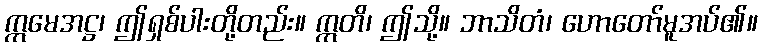
ဣမေအဋ္ဌ၊ ဤရှစ်ပါးတို့တည်း။ ဣတိ၊ ဤသို့။ ဘာသိတံ၊ ဟောတော်မူအပ်၏။